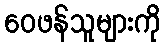
ဝေဖန်သူများကို